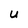
Character: U